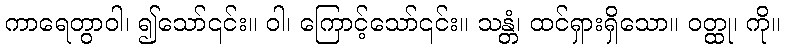
ကာရေတွာဝါ၊ ၍သော်၎င်း။ ဝါ၊ ကြောင့်သော်၎င်း။ သန္တံ၊ ထင်ရှားရှိသော။ ဝတ္ထု၊ ကို။